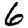
Digit: 6